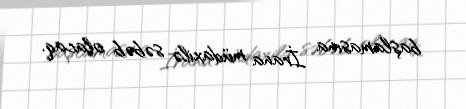
başlamasına İrana müdaxilə səbəb olacaq.